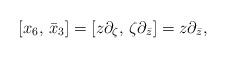
LaTeX: \begin{align*}[x_6,\,\bar x_3]=[z\partial_\zeta,\,\zeta\partial_{\bar z}]=z\partial_{\bar z},\end{align*}